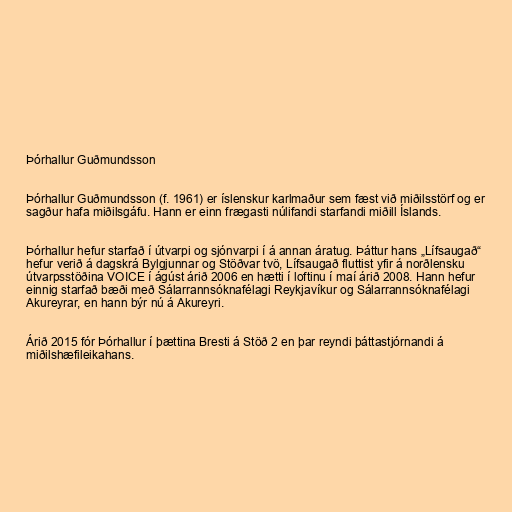
Þórhallur Guðmundsson

Þórhallur Guðmundsson (f. 1961) er íslenskur karlmaður sem fæst við miðilsstörf og er
sagður hafa miðilsgáfu. Hann er einn frægasti núlifandi starfandi miðill Íslands.

Þórhallur hefur starfað í útvarpi og sjónvarpi í á annan áratug. Þáttur hans „Lífsaugað“
hefur verið á dagskrá Bylgjunnar og Stöðvar tvö, Lífsaugað fluttist yfir á norðlensku
útvarpsstöðina VOICE í ágúst árið 2006 en hætti í loftinu í maí árið 2008. Hann hefur
einnig starfað bæði með Sálarrannsóknafélagi Reykjavíkur og Sálarrannsóknafélagi
Akureyrar, en hann býr nú á Akureyri.

Árið 2015 fór Þórhallur í þættina Bresti á Stöð 2 en þar reyndi þáttastjórnandi á
miðilshæfileikahans.